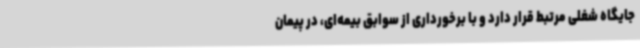
جایگاه شغلی مرتبط قرار دارد و با برخورداری از سوابق بیمه‌ای، در پیمان